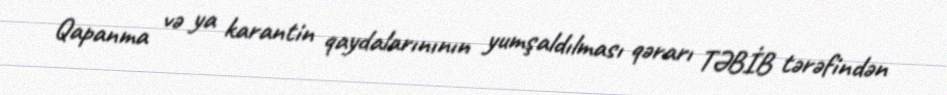
Qapanma və ya karantin qaydalarınının yumşaldılması qərarı TƏBİB tərəfindən